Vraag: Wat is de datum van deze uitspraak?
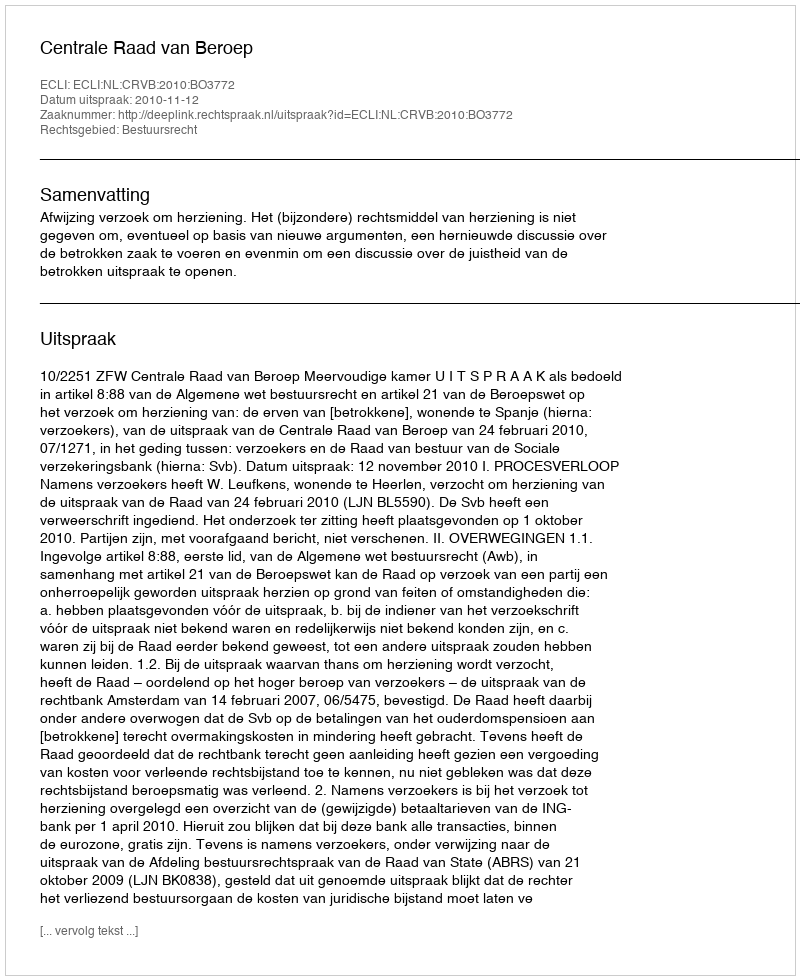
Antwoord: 2010-11-12